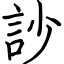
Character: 訬